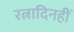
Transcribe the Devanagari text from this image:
रत्नादिनहीं